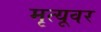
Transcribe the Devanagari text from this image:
मृत्‍यूवर